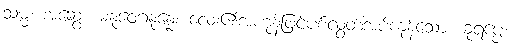
သမ္မ၊ အဆွေ။ ဓနုဝေဂနုန္နေ၊ လေး၏အဟုန်ဖြင့်ပစ်လွှတ်အပ်ကုန်သော။ ခုရပ္ပေ၊